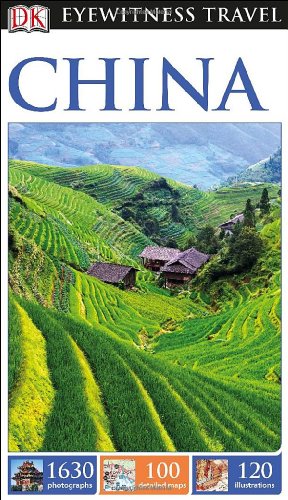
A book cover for DK Eyewitness Travel Guide: China; DK Publishing; Travel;